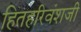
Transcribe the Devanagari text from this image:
हितहरिवंशजी